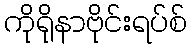
ကိုရိုနာဗိုင်းရပ်စ်